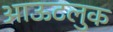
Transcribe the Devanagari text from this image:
आऊटलुक